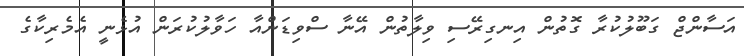
އަސާންޖް ގަބޫލުކުރާ ގޮތުން އިނގިރޭސި ވިލާތުން އޭނާ ސްވިޑަންއާ ހަވާލުކުރަން އުޅެނީ އެމެރިކާގެ